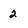
Character: 2